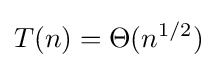
T(n)=\Theta (n^{1/2})